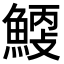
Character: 𩹐